Plague in India, 1896, 1897 - Volume 1
Year: 1896
Disease focus: Plague
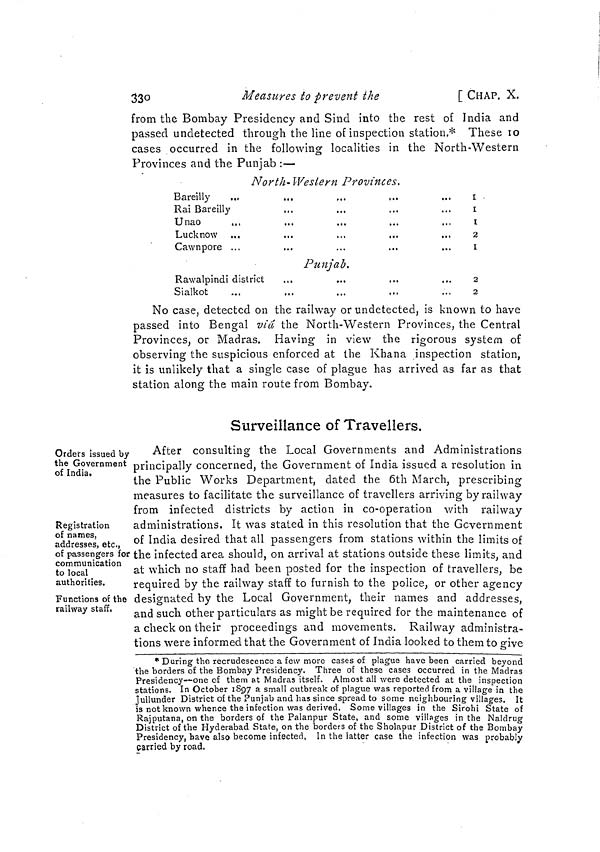
330
Measures to prevent the
[CHAP. X.
from the Bombay Presidency and Sind into the rest of India and
passed undetected through the line of inspection station.* These to
cases occurred in the following localities in the North-Western
Provinces and the Punjab :—
North- Western Provinces,
Bareilly
Rai Bareilly
Unao
Luck now
Cawnpore ... ... ... ...
Punjab.
Rawalpindi district
Sialkot
I
I
1
2
1
2
2
No case, detected on the railway or undetected, is known to have
passed into Bengal viâ the North-Western Provinces, the Central
Provinces, or Madras. Having in view the rigorous system of
observing the suspicious enforced at the Khana inspection station,
it is unlikely that a single case of plague has arrived as far as that
station along the main route from Bombay.
Surveillance of Travellers.
Orders issued by
the Government
of India.
Registration
of names,
addresses, etc.,
of passengers for
communication
to local
authorities.
Functions of the
railway staff,
After consulting the Local Governments and Administrations
principally concerned, the Government of India issued a resolution in
the Public Works Department, dated the 6th March, prescribing
measures to facilitate the surveillance of travellers arriving by railway
from infected districts by action in co-operation with railway
administrations. It was stated in this resolution that the Government
of India desired that all passengers from stations within the limits of
the infected area should, on arrival at stations outside these limits, and
at which no staff had been posted for the inspection of travellers, be
required by the railway staff to furnish to the police, or other agency
designated by the Local Government, their names and addresses,
and such other particulars as might be required for the maintenance of
a check on their proceedings and movements. Railway administra-
tions were informed that the Government of India looked to them to give
* During the recrudescence a few more cases of plague have been carried beyond
the borders of the Bombay Presidency. Three of these cases occurred in the Madras
Presidency—one of them at Madras itself. Almost all were detected at the inspection
stations. In October 1897 a small outbreak of plague was reported from a village in the
Jullunder District of the Punjab and has since spread to some neighbouring villages. It
is not known whence the infection was derived. Some villages in the Sirohi State of
Rajputana, on the borders of the Palanpur State, and some villages in the Naldrug
District of the Hyderabad State, on the borders of the Sholapur District of the Bombay
Presidency, have also become infected, In the latter case the infection was probably
carried by road.